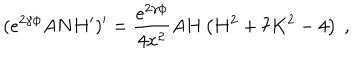
( e ^ { 2 \gamma \phi } A N H ^ { \prime } ) ^ { \prime } = \frac { e ^ { 2 \gamma \phi } } { 4 x ^ { 2 } } A H \left( H ^ { 2 } + 7 K ^ { 2 } - 4 \right) \ ,